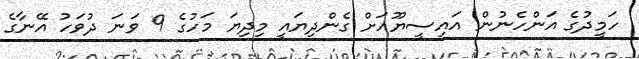
ހަމީދުގެ އަންހެނުން އައިސީޔޫއަށް ގެންދިޔައީ މިދިޔަ މަހުގެ 9 ވަނަ ދުވަހު އޭނާގެ